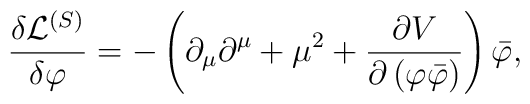
\frac{\delta \mathcal{L}^{\left( S\right) }}{\delta \varphi }=-\left(\partial _{\mu }\partial ^{\mu }+\mu ^{2}+\frac{\partial V}{\partial \left(\varphi \bar{\varphi}\right) }\right) \bar{\varphi},